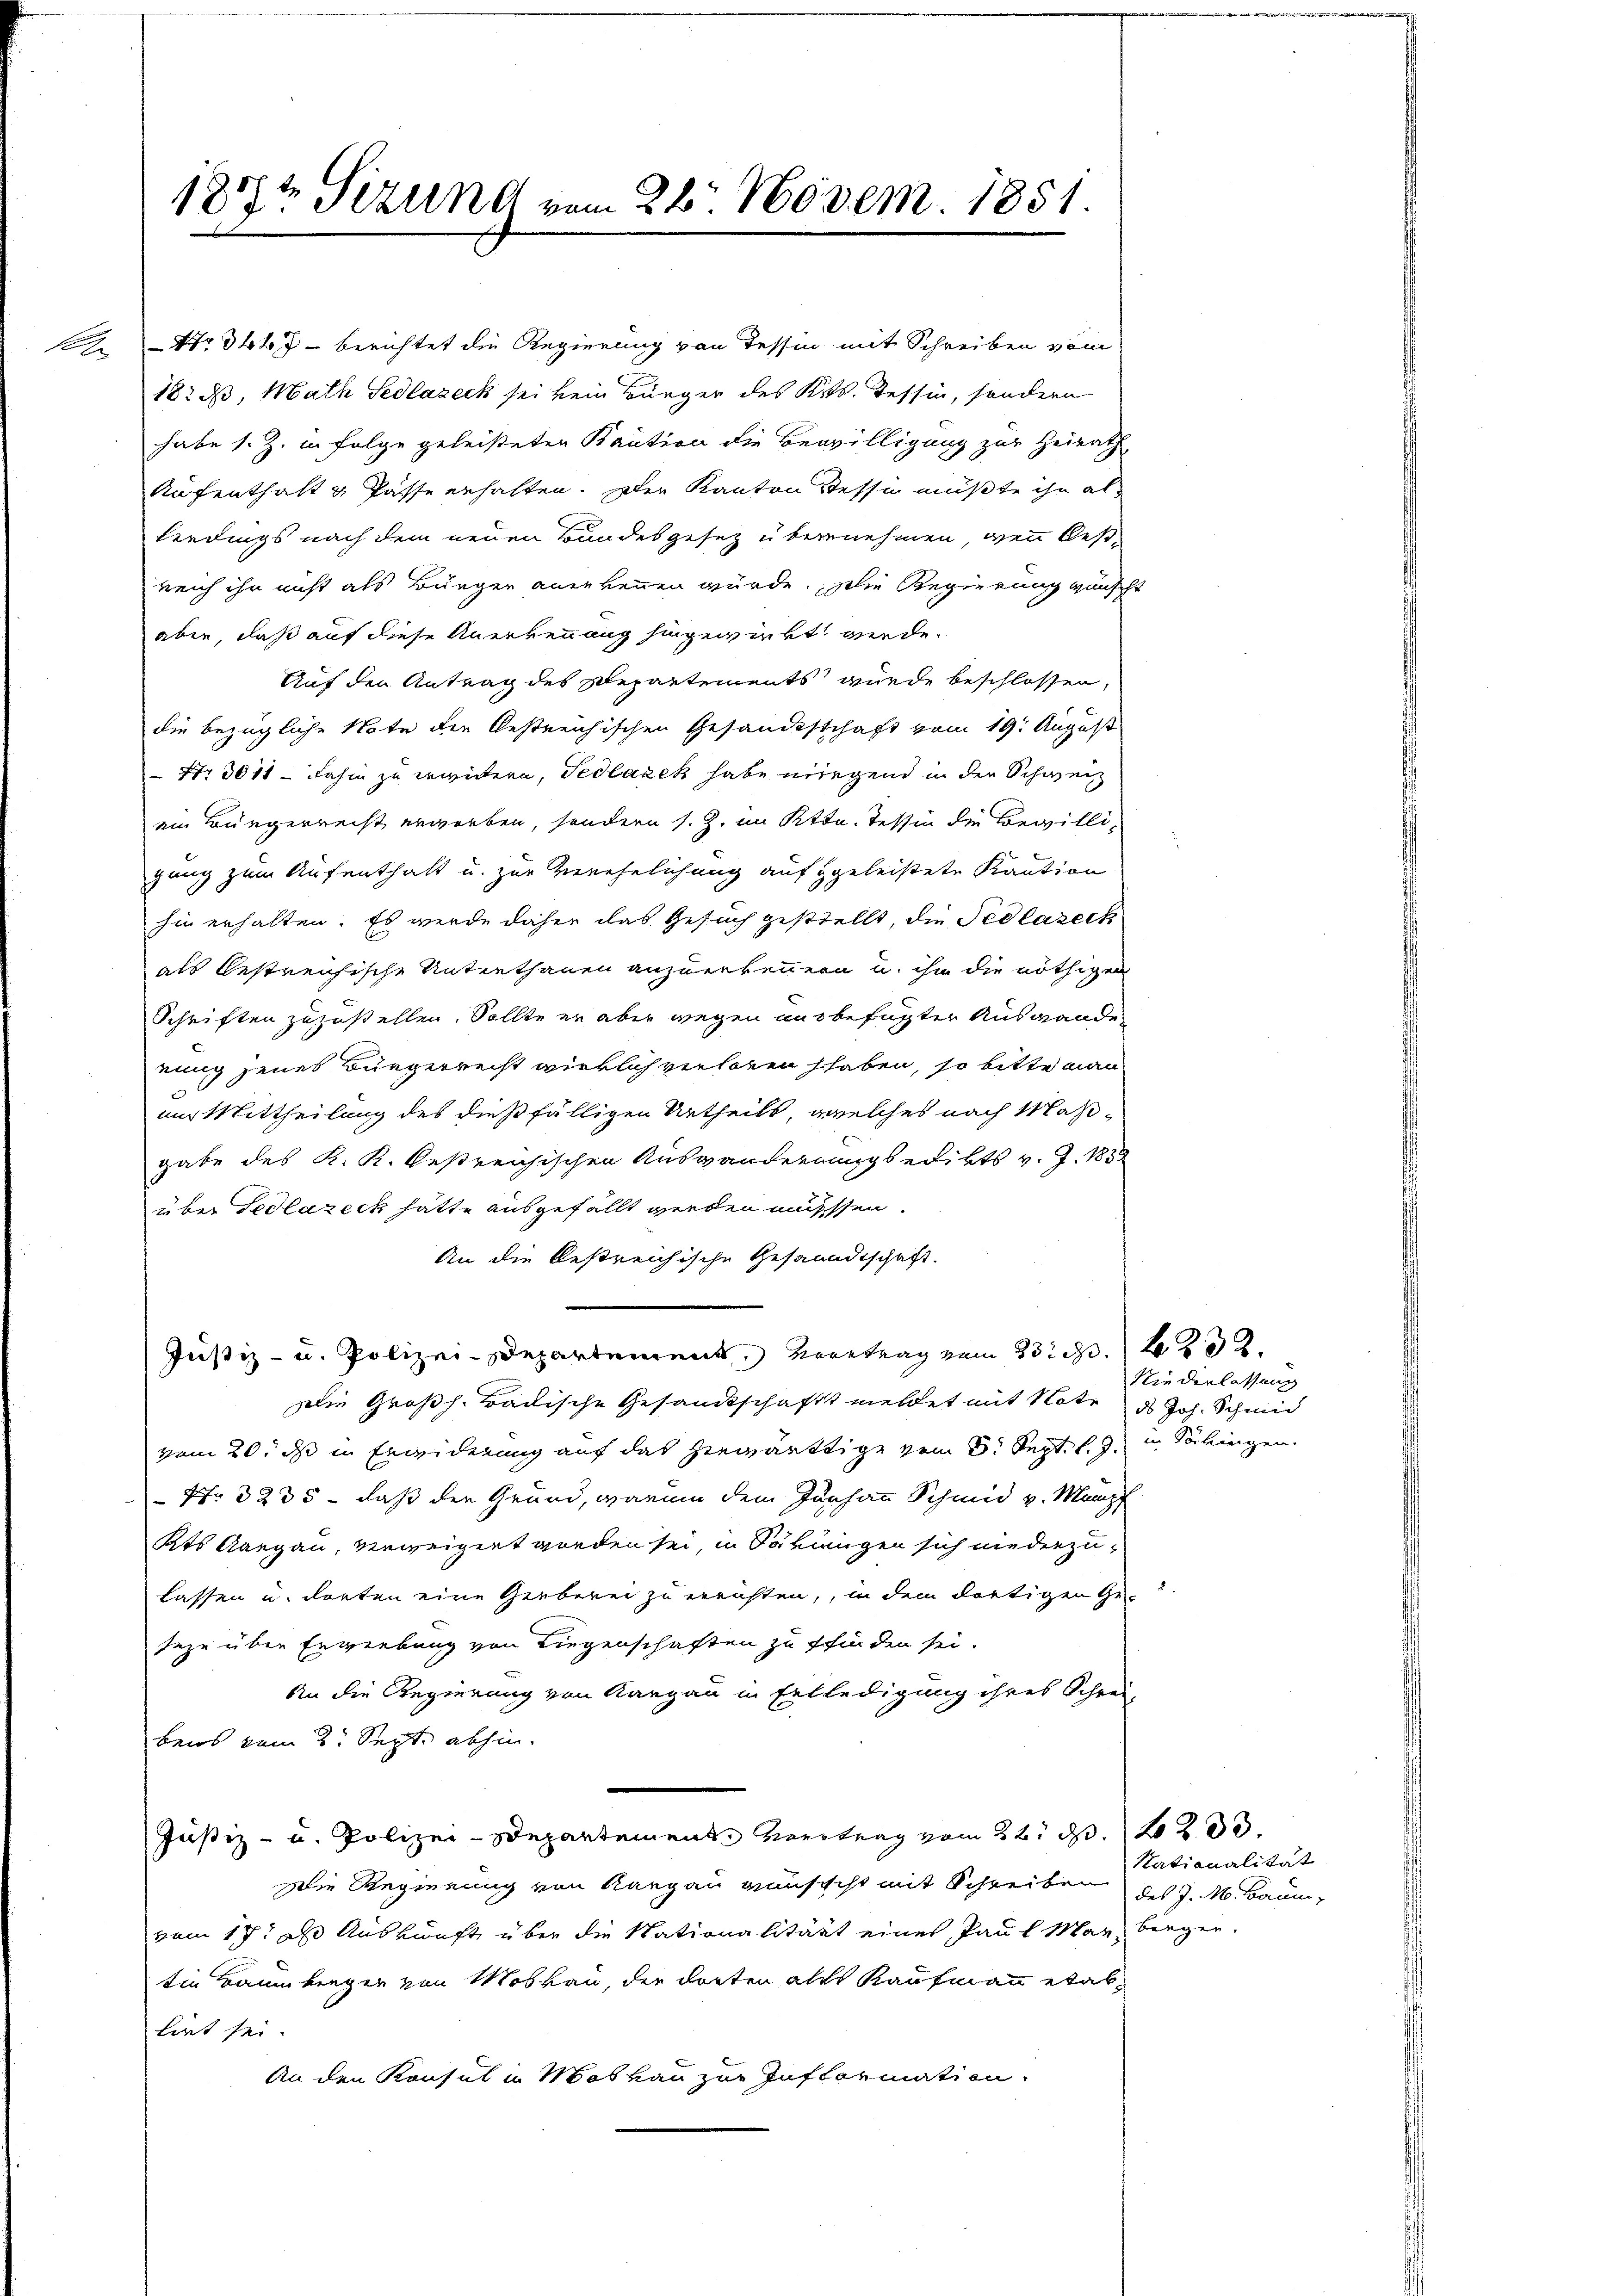
.

18te Sizung vom 26. Novem. 1851.

173467 - berichtet die Regierung von Tessin mit Schreiben vom
182 d, Math Sedlazeck sei kein Bürger des Kts. Tessin, sondern
habe s. Z. in Folge geleisteten Baution die Bewilligung zur Heirath
Aufenthalt u Pässe erhalten. Der Kanton Tessin müßte ihn alleedings nach dem neuen Bundesgesetz übernehmen, wenn besreich ihn nicht als Bürger anerkennen würde. Die Regierung wünscht
aber, daß auf diese Anerkennung hingewirkt werde.
Auf den Antrag des Departements wurde beschlossen,
die bezügliche Note den bestreichischen Gesandtschaft vom 19. August
 Nr. 3011 - dahin zu erwidern, Fedlazek habe nirgend in der Schweiz
ein Bürgerrecht erworben, sondern s. Z. im Ktta. Tessin die Bewilligang zum Aufenthalt u. zur Verehelichung aufgeleistete Kaution
hin erhalten. Es werde daher das Gesuch gestiellt, die Pedlazech
als bestreichische Unterthanen anzuerkennern u. ihn die nöthigen
Schriften zuzustellen. Sollte er aber wegen ausbefugter Auswande
rung jenes Bürgerrecht wirklich verloren haben, so bitte man
um Mittheilung des dießfälligen Urtheils, welches nach Maßgabe des K. K. Oestreichischen Auswanderungsbedikts v. J. 1832
über Fedlazeck hätte ausgefällt werden müssen.
An die bestreichische Gesandtschaft.
Justiz- u. Polizei-Departement, Vertrag vom 23. d. 232.
Die Großh. Badische Gesandtschafft meldet mit Note ds Joh. Schmid
vom 20. ds in Erwiderung auf das herwärtige vom 5. Sept. l. J. Säkingen.
 Nr. 3235 - daß der Grund, warum dem Jurhan Schmid v. Manz
Kts. Aargau, vereigert worden sei, in Säkungen sich niederzulassen u. dorten eine Gerberei zu errichten, in dem dortigen Ge-
seze über Erwerbung von Liegenschaften zu pfinden sei.
An die Regierung von Rang an in Entledigung ihres Schreibens vom 2. Sept. abhin
Justiz- u. Polizei-Departemente Vortrag vom 22. d. 2200.
Die Regierung von Aargau wünscht mit Schreiben
vom 17. d. Auskunft über die Nationalitärt eines Paul Marz bergen.
tin Baumberger von Moskau, der dorten als Kaufmann etab
liet sei
An den Konsul in Moskau zur Information

Niederlassung

Nationalität
des J. M. Baum,